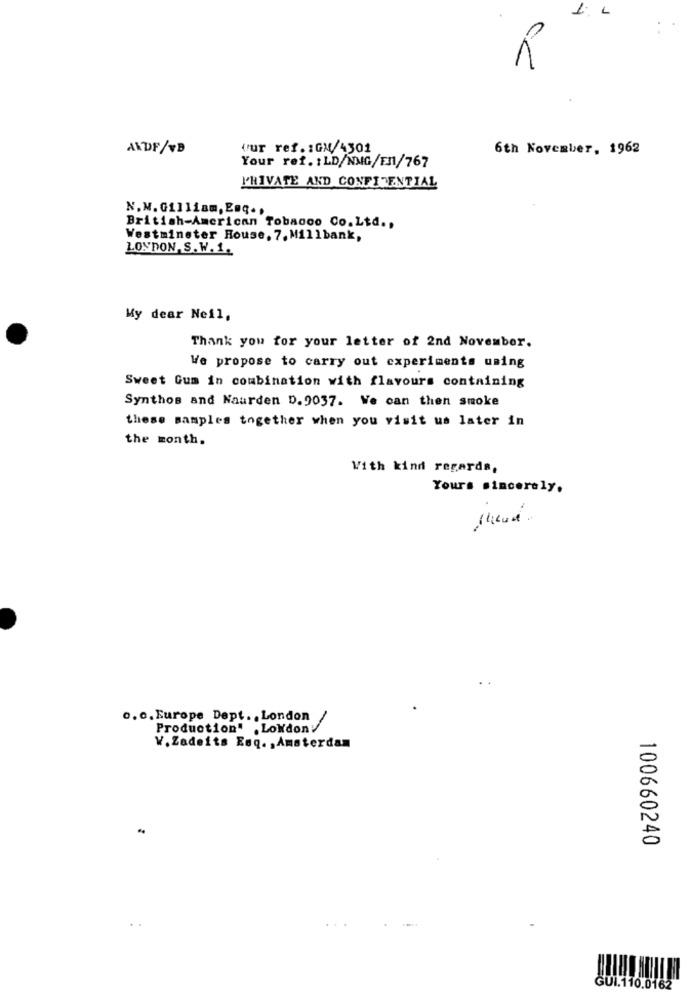
IL
R
ANDF/VB
vur ref. : GM/4301
6th November, 1962
Your ref. : LD/NMG/F11/767
PRIVATE AND CONFIDENTIAL
N. M. Gilliam, Enq. ,
British-American Tobacco Co.Ltd .,
Westminster House, 7. Millbank,
LONDON, S. W. 1.
My dear Neil,
Thank you for your letter of 2nd November.
We propose to carry out experiments uming
Sweet Gum in combination with flavours containing
Synthos and Naarden D. 9037. We can then smoke
these samples together when you visit us later in
the month.
With kind regards,
Yours sincerely.
o.c. Europe Dept. , London
Production" . Lokdony
V.Zadeits Esq. , Amsterdam
100660240
GUI.110.0162